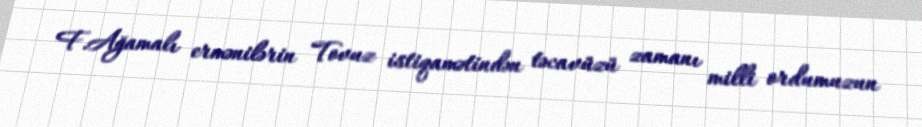
F.Ağamalı ermənilərin Tovuz istiqamətindən təcavüzü zamanı milli ordumuzun